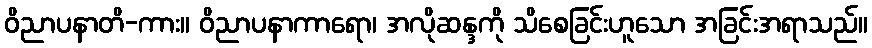
ဝိညာပနာတိ-ကား။ ဝိညာပနာကာရော၊ အလိုဆန္ဒကို သိစေခြင်းဟူသော အခြင်းအရာသည်။